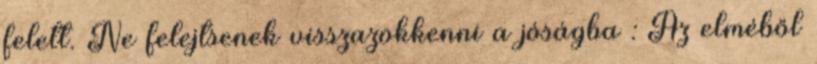
felett. Ne felejtsenek visszazökkenni a jóságba : Az elméből